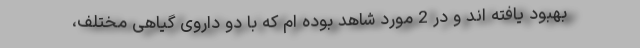
بهبود یافته اند و در 2 مورد شاهد بوده ام که با دو داروی گیاهی مختلف،